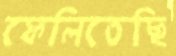
ফেলিতেছি